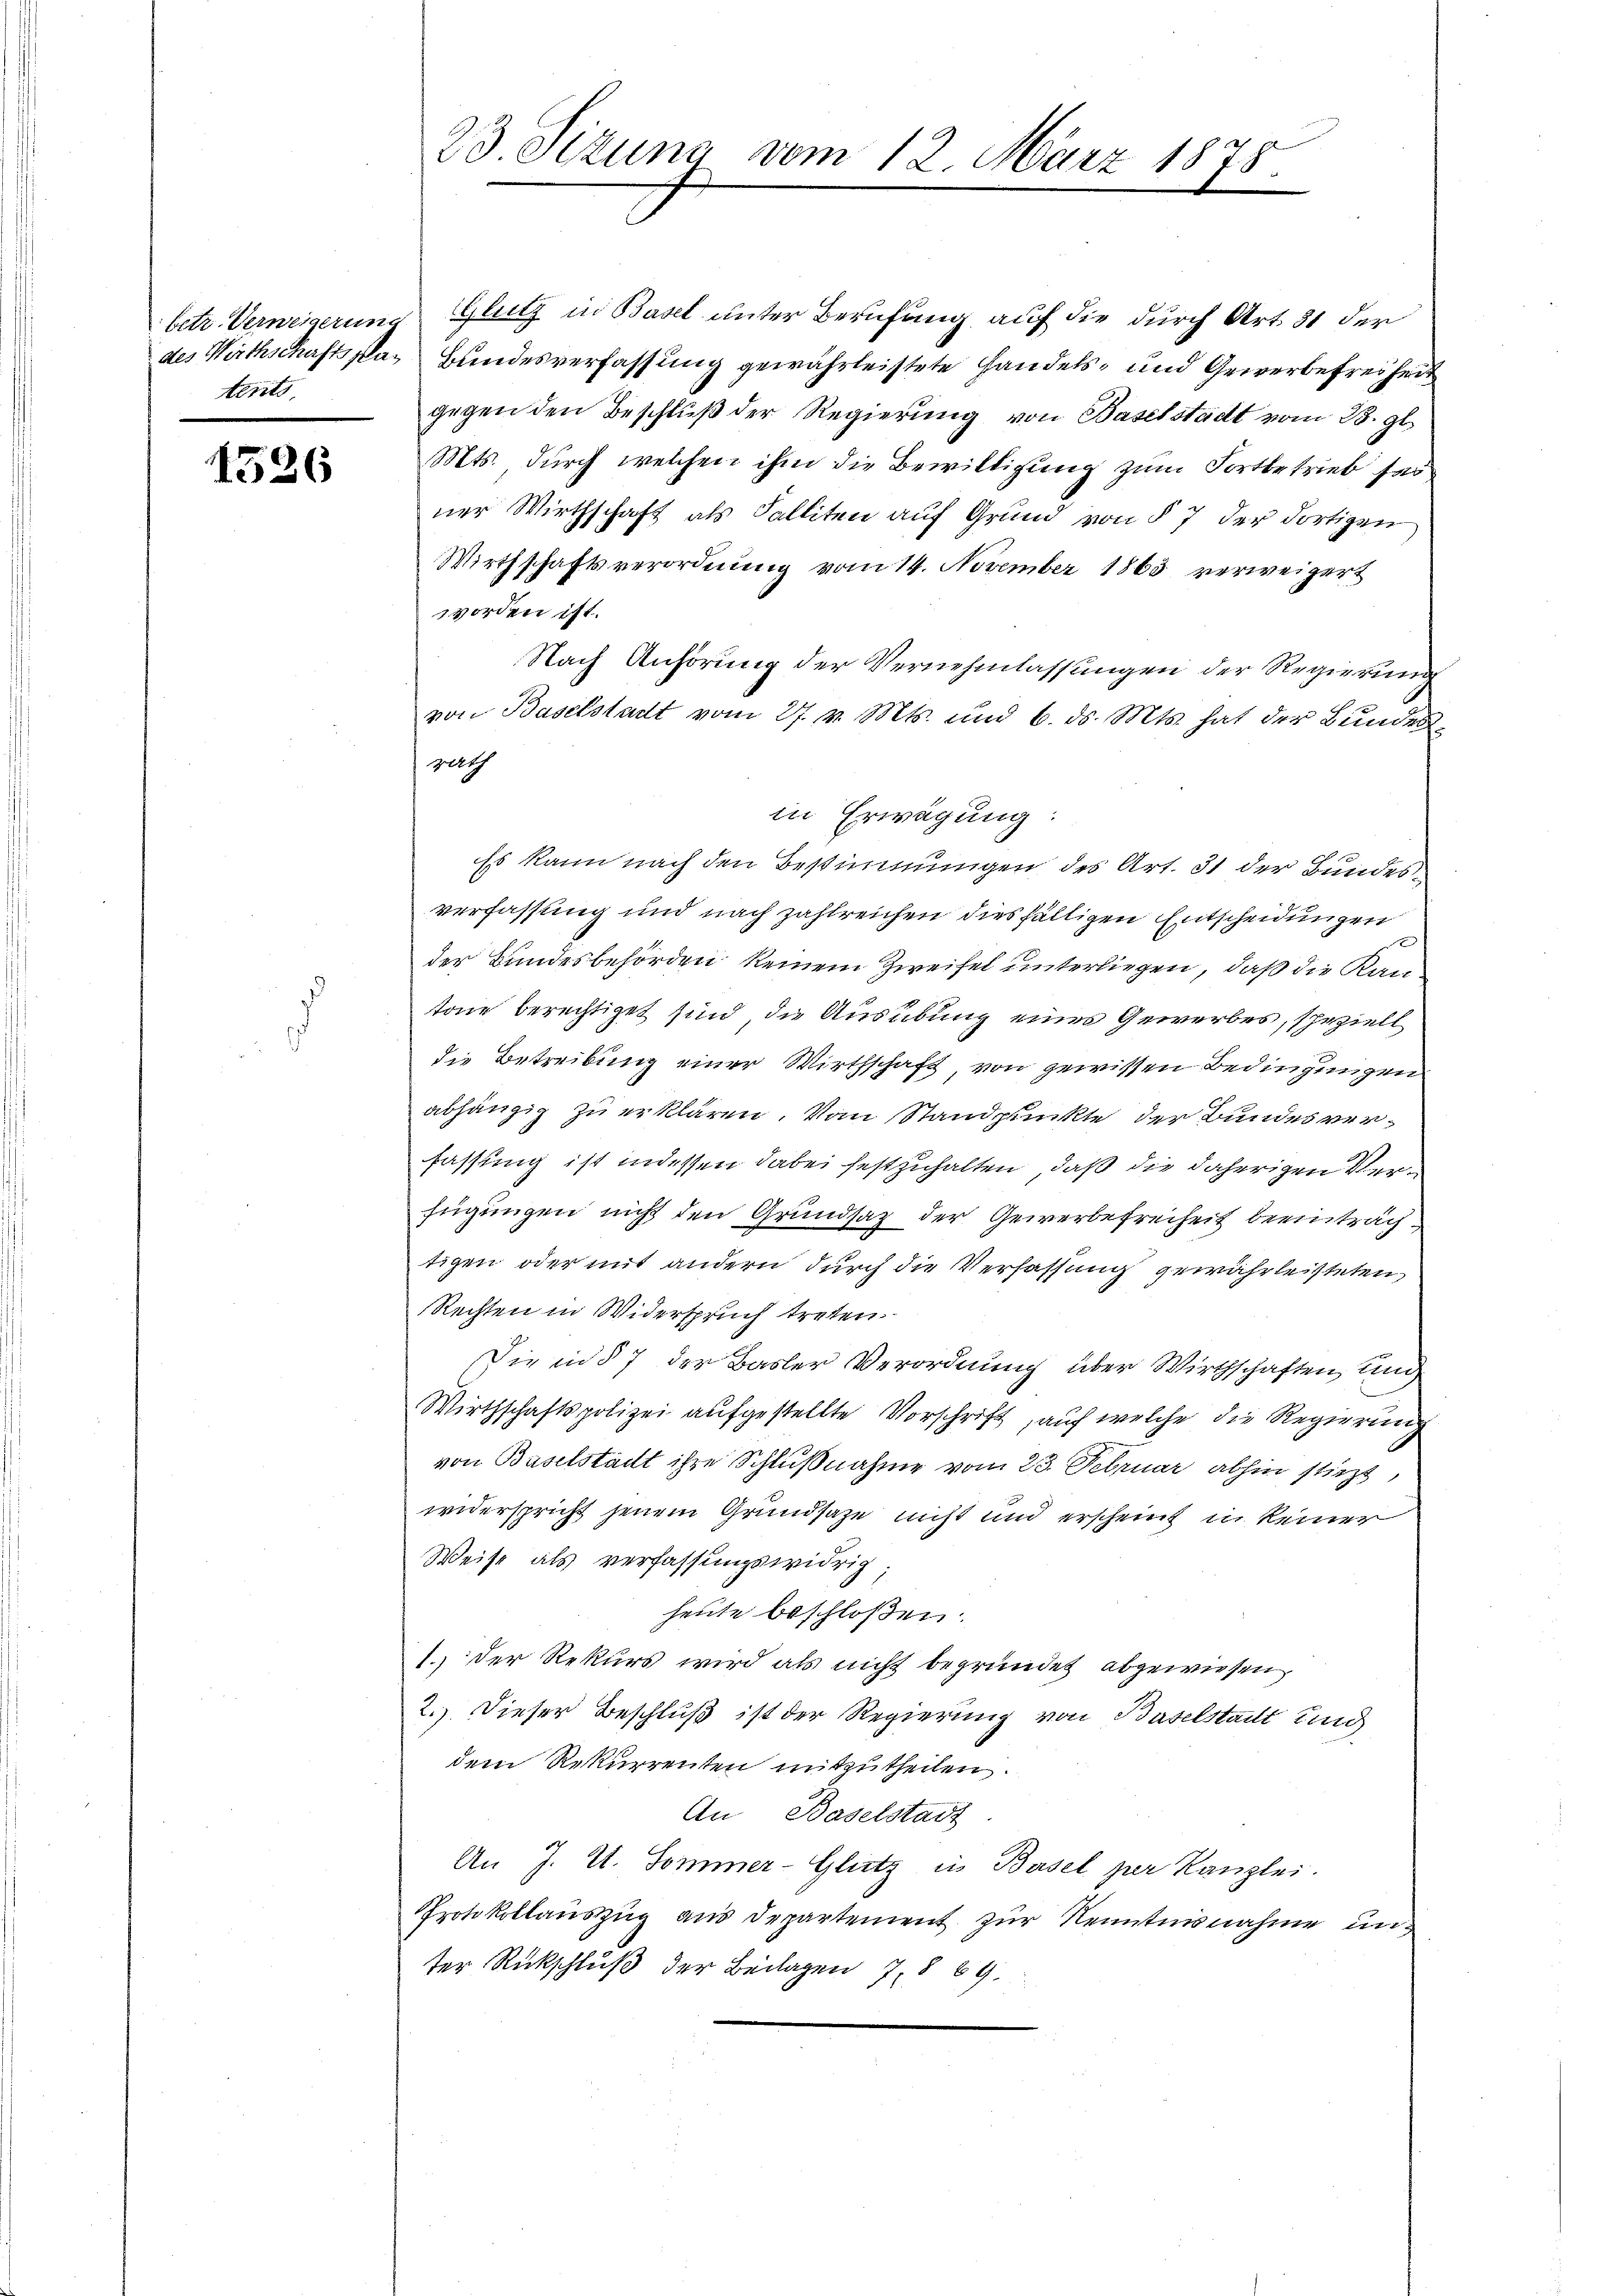
tents

1526

betr. Verweigerung Glutz in Basel unter Berufung auf die durch Art. 81 der
des Wirthschaftspar Bundesverfassung gewährleistete Handels- und Gewerbefreiheit
gegen den Beschluß der Regierung von Baselstadt vom 23. gl.
Mts. durch welchen ihm die Bewilligung zum Fortbetrieb sei
ner Wirthschaft als Falliten auf Grund von § 7 der dortigen
Wirthschaftsverordnung vom 14. November 1863 verweigert
worden ist.
Nach Anhörung der Vernehmlassungen der Regierung
von Baselstadt vom 27. v. Mts. und 6. ds. Mts. hat der Bundespert
in Erwägung:
Es kann nach den Bestimmungen des Art. 31 der Bundes
verfassung und nach zahlreichen diesfälligen Entscheidungen
der Bundesbehörden keinem Zweifel unterliegen, daß die Kantone berechtiget sind, die Ausübung eines Gewerbes, speziell
die Betreibung einer Wirthschaft, von gewissen Bedingungen
abhängig zu erklären. Von Standpunkte der Bundes verfassung ist indessen dabei festzuhalten, daß die daherigen Verfügungen nicht den Grundsaz der Gewerbefreiheit beeinträchtigen oder mit andern durch die Verfassung gewährleisteten
Rechten in Widerspruch treten.
Die in § 7 der Basler Verordnung über Wirthschaften, und
Wirthschaftspolizei aufgestellte Vorschrift, auf welche die Regierung
von Baselstadt ihre Schlußnahme vom 23. Februar abhin stürzt,
widerspricht jenem Grundsaze nicht und erscheint in keiner
Weise als verfassungswidrig;
heute beschloßen:
1. Der Rekurs wird als nicht begründet abgewiesen
2.) Dieser Beschluß ist der Regierung von Baselstadt und
dem Rekurrenten mitzutheilen.
An Baselstadt
An J. U. Sommer-Glutz in Basel per Kanzlei.
Protokollauszug aus Departement zur Kenntnisnahme unter Rückschluß der Beilagen 7, § 89.

23. Sizung vom 12. März 1878
D